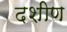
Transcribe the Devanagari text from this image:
दशीण